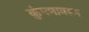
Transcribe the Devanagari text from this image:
कुंपणावरून